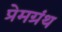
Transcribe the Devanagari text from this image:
प्रेमग्रंथ